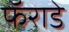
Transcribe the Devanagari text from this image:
फॅराडे